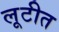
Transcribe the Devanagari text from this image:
लूटीत